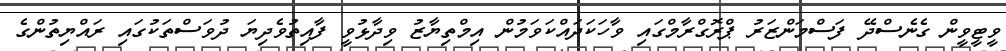
ވީޓީވީން ގެނެސްދޭ ފަސްމަންޒަރު ޕްރޮގްރާމްގައި ވާހަކަދައްކަވަމުން އިމްތިޔާޒު ވިދާޅުވީ ފާއިތުވެދިޔަ ދުވަސްތަކުގައި ރައްޔިތުންގެ